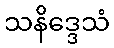
သနိဒ္ဒေသံ